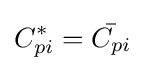
C_{pi}^{*}={\bar {C_{pi}}}